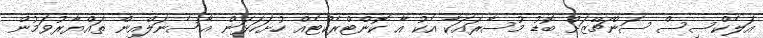
އަލެކްސިސް ސަންޗޭޒަށް ބޮޑު މުސާރައަކާ އެކު އާ ކޮންޓްރެކްޓެއް ހުށަހަޅަން އާސެނަލްއިން ތައްޔާރުވަމުން